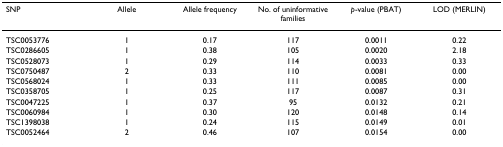
| SNP | Allele | Allele frequency | No. of uninformative families | p-value (PBAT) | LOD (MERLIN) |
 | --- | --- | --- | --- | --- | --- |
 | TSC0053776 | 1 | 0.17 | 117 | 0.0011 | 0.22 |
 | TSC0286605 | 1 | 0.38 | 105 | 0.0020 | 2.18 |
 | TSC0528073 | 1 | 0.29 | 114 | 0.0033 | 0.33 |
 | TSC0750487 | 2 | 0.33 | 110 | 0.0081 | 0.00 |
 | TSC0568024 | 1 | 0.33 | 111 | 0.0085 | 0.00 |
 | TSC0358705 | 1 | 0.25 | 117 | 0.0087 | 0.31 |
 | TSC0047225 | 1 | 0.37 | 95 | 0.0132 | 0.21 |
 | TSC0060984 | 1 | 0.30 | 120 | 0.0148 | 0.14 |
 | TSC1398038 | 1 | 0.24 | 115 | 0.0149 | 0.01 |
 | TSC0052464 | 2 | 0.46 | 107 | 0.0154 | 0.00 |